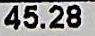
45.28